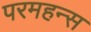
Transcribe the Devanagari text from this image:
परमहन्स